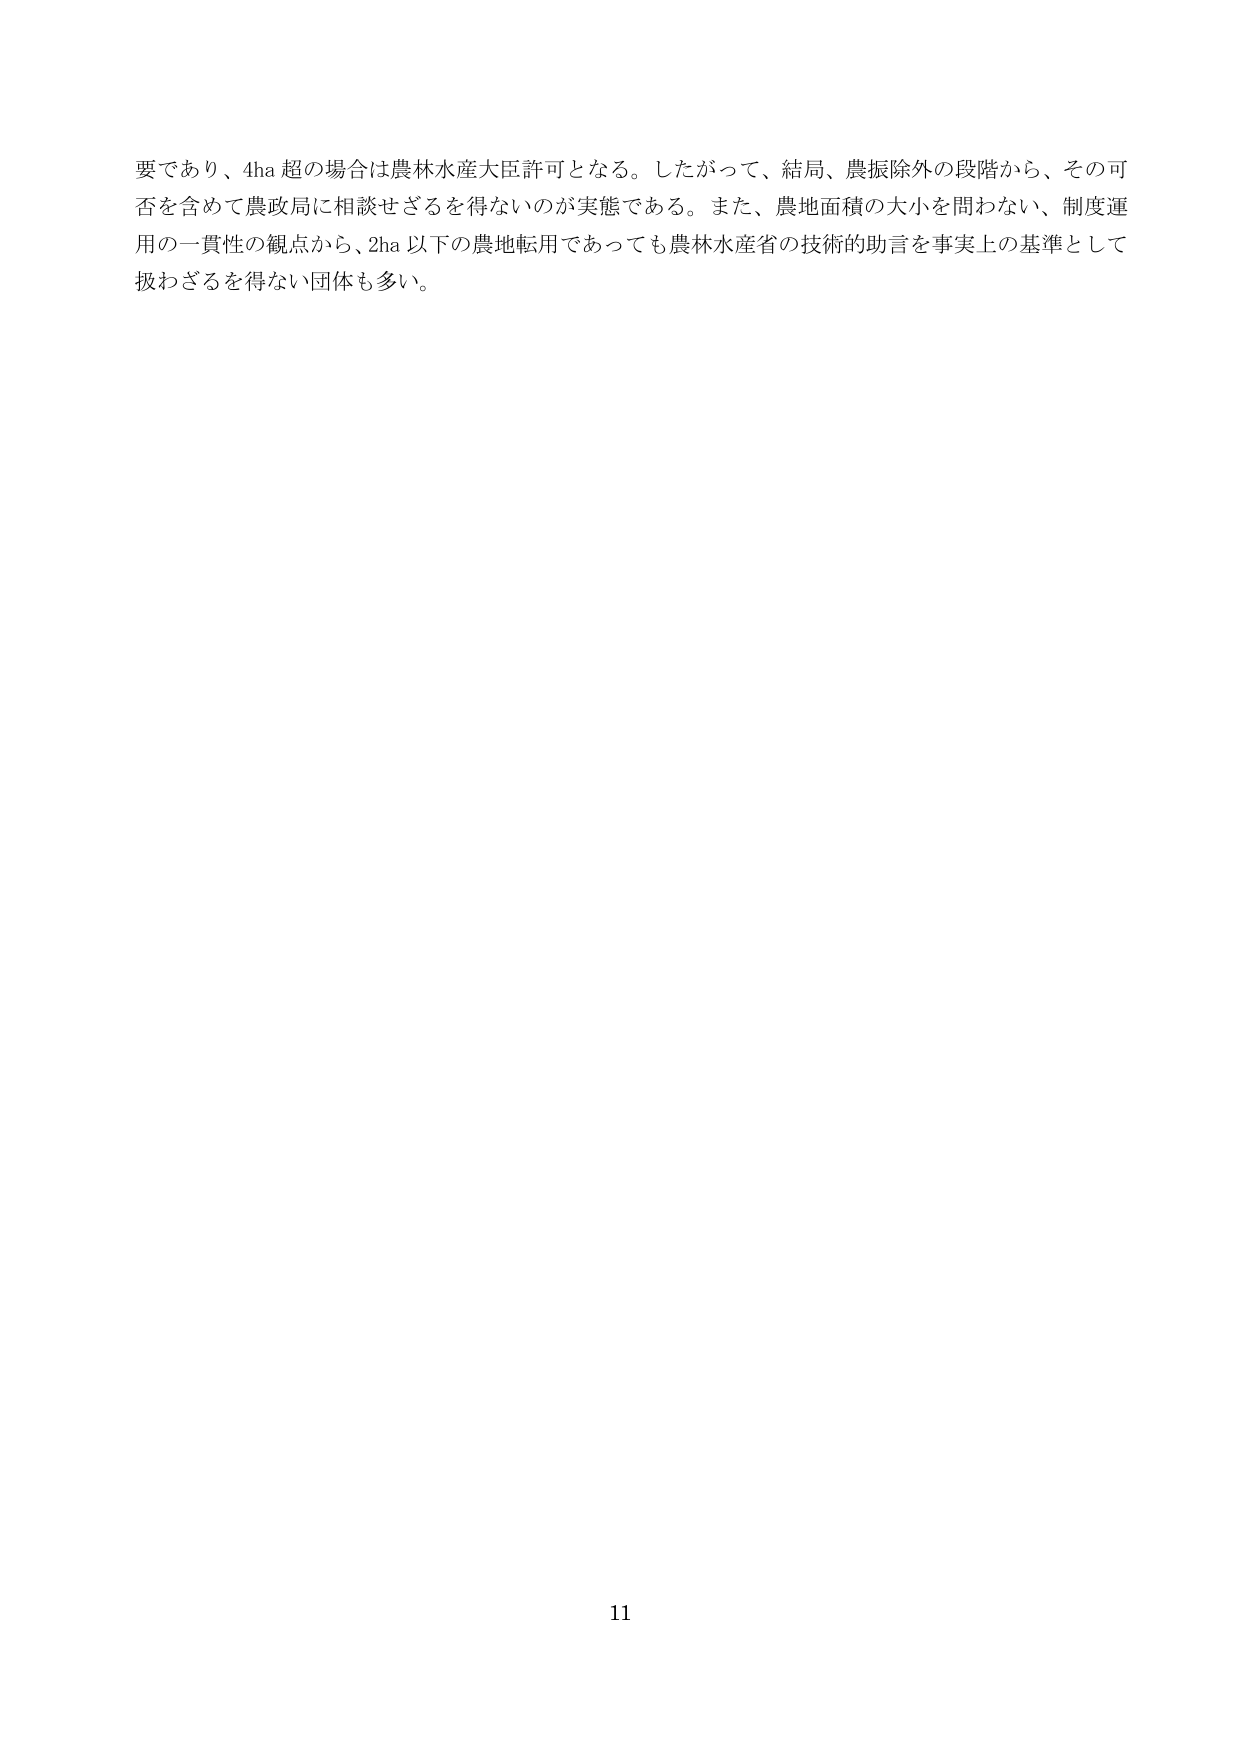
要であり、4ha超の場合は農林水産大臣許可となる。したがって、結局、農振除外の段階から、その可否を含めて農政局に相談せざるを得ないのが実態である。また、農地面積の大小を問わない、制度運用の一貫性の観点から、2ha以下の農地転用であっても農林水産省の技術的助言を事実上の基準として扱わざるを得ない団体も多い。

11